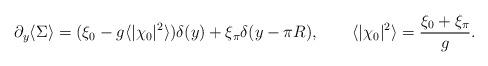
LaTeX: \begin{align*}\partial_y \langle \Sigma \rangle = (\xi_0 - g\langle |\chi_0|^2\rangle )\delta (y) + \xi_\pi \delta (y-\pi R), \qquad \langle |\chi_0|^2\rangle = {\xi_0 + \xi_\pi \over g}.\end{align*}